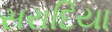
સરાદિયા